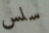
سلس